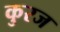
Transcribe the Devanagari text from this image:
कुरज